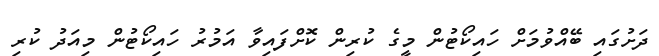
ދަށުގައި ބޭއްވުމަށް ހައިކޯޓުން މީގެ ކުރިން ކޮށްފައިވާ އަމުރު ހައިކޯޓުން މިއަދު ކުރި